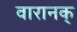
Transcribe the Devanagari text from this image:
वारानक्